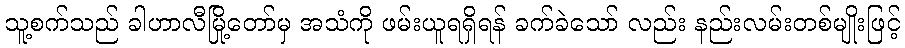
သူ့စက်သည် ခါဟာလီမြို့တော်မှ အသံကို ဖမ်းယူရရှိရန် ခက်ခဲသော် လည်း နည်းလမ်းတစ်မျိုးဖြင့်